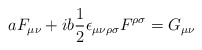
\begin{align*}aF_{\mu\nu}+ib\frac{1}{2}\epsilon_{\mu\nu\rho\sigma}F^{\rho\sigma}=G_{\mu\nu}\end{align*}